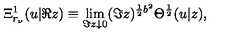
\Xi _ { r _ { \nu } } ^ { 1 } ( u | \Re z ) \equiv \lim _ { \Im z \downarrow 0 } ( \Im z ) ^ { \frac { 1 } { 2 } b ^ { 2 } } \Theta ^ { \frac { 1 } { 2 } } ( u | z ) ,